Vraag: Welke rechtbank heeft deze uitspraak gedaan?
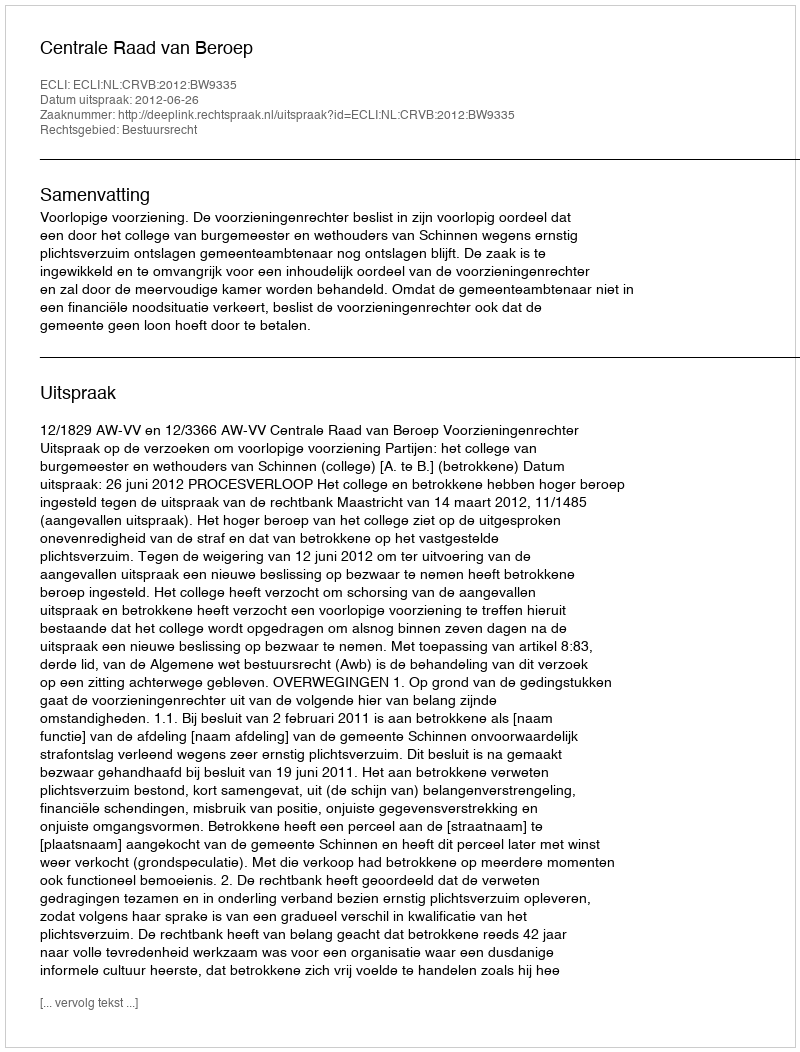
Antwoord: Centrale Raad van Beroep